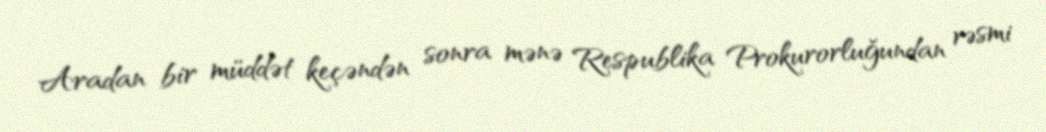
Aradan bir müddət keçəndən sonra mənə Respublika Prokurorluğundan rəsmi